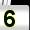
Digit: 5